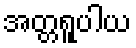
အတ္တရူပါယ